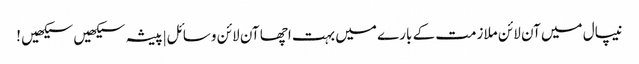
نیپال میں آن لائن ملازمت کے بارے میں بہت اچھا آن لائن وسائل|پیشہ سیکھیں سیکھیں !